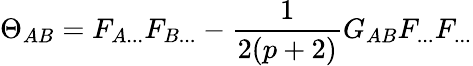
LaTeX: \Theta_{AB}=F_{A...}F_{B...}-\frac{1}{2(p+2)}G_{AB}F_{...}F_{...}